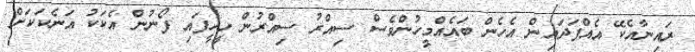
ރައިނާއެކޭ އެއްފަދައިން އެހެން ބައެއްމީހުންވެސް ސިއްރު ސިއްރުން ހީހީފައި ފޯނުން އެކަކު އަނެކަކަށް